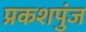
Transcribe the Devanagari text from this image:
प्रकशपुंज